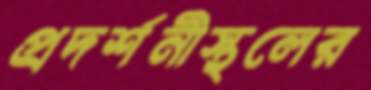
প্রদর্শনীস্থলের